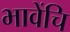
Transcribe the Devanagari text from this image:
भावेंचि